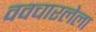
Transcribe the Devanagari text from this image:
ववचारलेला